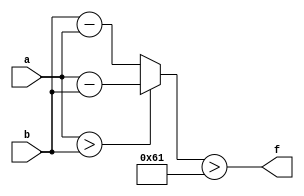
module wce_mit(a, b, f);
parameter _bit = 9;
parameter wce = 97;
input [_bit - 1: 0] a;
input [_bit - 1: 0] b;
output f;
wire [_bit - 1: 0] diff;
assign diff = (a > b)? (a - b): (b - a);
assign f = (diff > wce);
endmodule